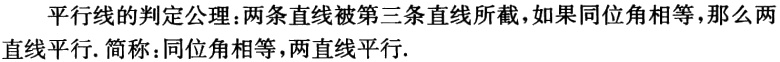
平行线的判定公理：两条直线被第三条直线所截，如果同位角相等，那么两直线平行. 简称：同位角相等，两直线平行.